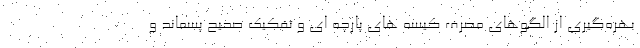
بهره‌گیری از الگوهای مصرف کیسه های پارچه ای و تفکیک صحیح پسماند و